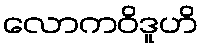
လောကဝိဒူဟိ